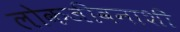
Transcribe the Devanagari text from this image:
लोकजीवनाशी